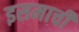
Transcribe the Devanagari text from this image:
इसमाची